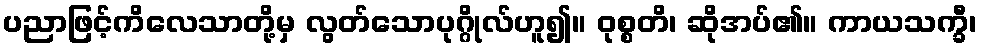
ပညာဖြင့်ကိလေသာတို့မှ လွတ်သောပုဂ္ဂိုလ်ဟူ၍။ ဝုစ္စတိ၊ ဆိုအပ်၏။ ကာယသက္ခီ၊